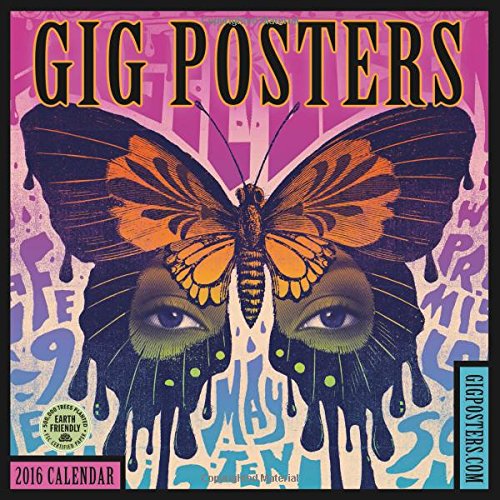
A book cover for Gig Posters 2016 Wall Calendar: Rock Art for the 21st Century; Amber Lotus Publishing; Humor & Entertainment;